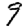
Digit: 9